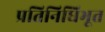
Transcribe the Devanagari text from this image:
प्रतिनिधिभूत